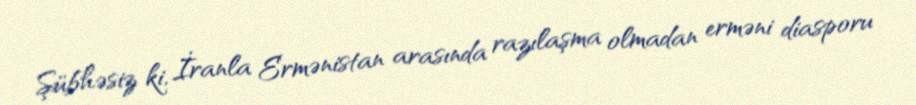
Şübhəsiz ki, İranla Ermənistan arasında razılaşma olmadan erməni diasporu